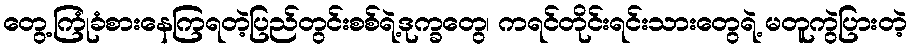
တွေ့ကြုံခံစားနေကြရတဲ့ပြည်တွင်းစစ်ရဲ့ဒုက္ခတွေ၊ ကရင်တိုင်းရင်းသားတွေရဲ့ မတူကွဲပြားတဲ့